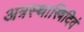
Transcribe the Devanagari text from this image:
अत्रस्थास्त्रिदिवं